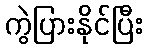
ကွဲပြားနိုင်ပြီး